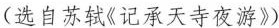
(选自苏轼《记承天寺夜游》)